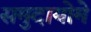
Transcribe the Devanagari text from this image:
समुदायोमे